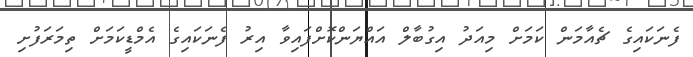
ފެނަކައިގެ ޗެއާމަން ކަމަށް މިއަދު އިގުބާލް އައްޔަންކޮށްފައިވާ އިރު ފެނަކައިގެ އެމްޑީކަމަށް ތިމަރަފުށި